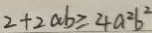
2 + 2 a b \geq 4 a ^ { 2 } b ^ { 2 }